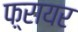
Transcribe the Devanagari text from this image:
फ़्रायर